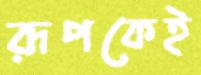
রূপকেই